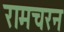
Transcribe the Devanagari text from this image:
रामचरन